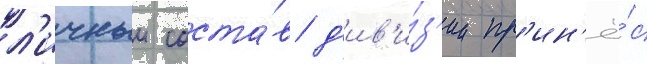
л'ичныи соста́в д'ив'и́з'ии пр'ин'ё́с